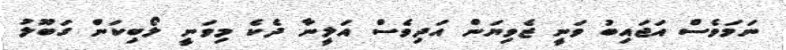
ނަމަވެސް އަޖައިބު ވަނީ ޒެވިޔަން އަދިވެސް އަލީނާ ދެކެ މިވަނީ ލޯބިކަން ގަބޫލު